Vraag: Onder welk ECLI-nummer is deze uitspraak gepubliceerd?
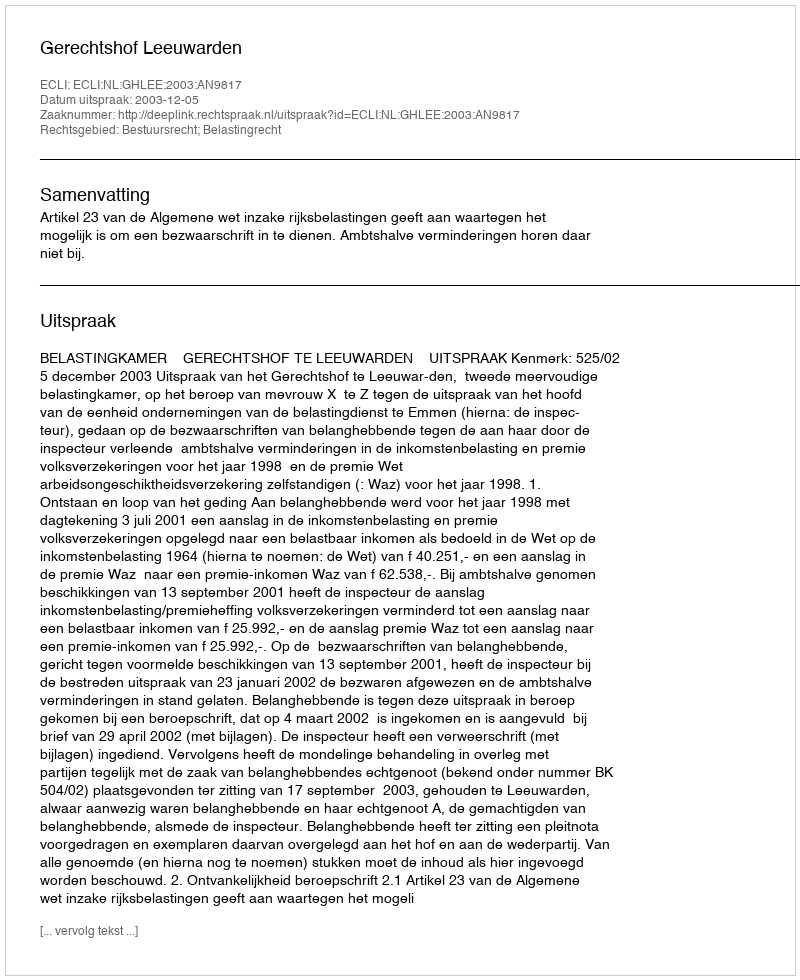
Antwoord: ECLI:NL:GHLEE:2003:AN9817